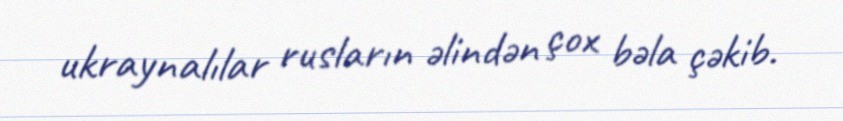
ukraynalılar rusların əlindən çox bəla çəkib.